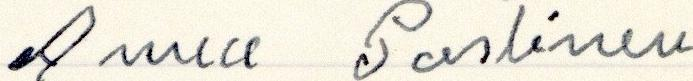
Anna Pastinen